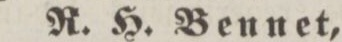
R. H. Bennet,